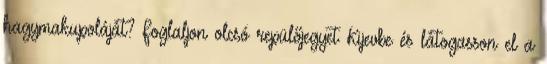
hagymakupoláját? Foglaljon olcsó repülőjegyet Kijevbe és látogasson el a